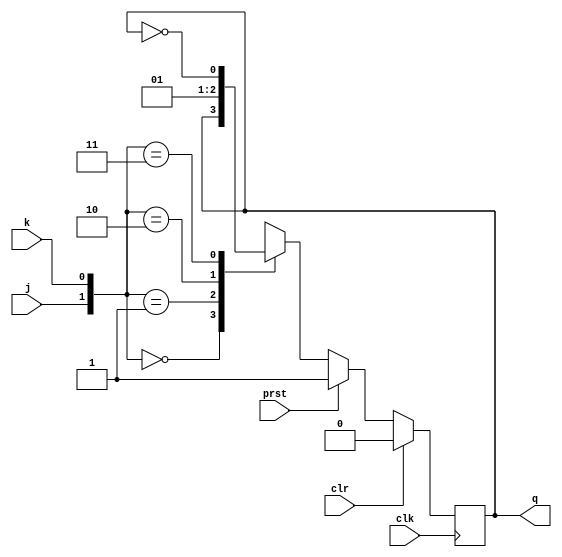
`timescale 1ns / 1ps
//////////////////////////////////////////////////////////////////////////////////
// Company: 
// Engineer: 
// 
// Design Name: 
// Module Name: jkflipflop
// Project Name: 
// Target Devices: 
// Tool Versions: 
// Description: 
// 
// Dependencies: 
// 
// Revision:
// Revision 0.01 - File Created
// Additional Comments:
// 
//////////////////////////////////////////////////////////////////////////////////


module jkflipflop( input clk, input j, input k, input clr, input prst, output reg q);
    always @(posedge clk)
    if(clr == 1'b1)
        q <= 1'b0;
    else if(prst == 1'b1)
        q <= 1'b1;
    else 
        case( { j, k} )
        2'b00:
        q <= q;
        2'b01:
        q <= 1'b0;
        2'b10:
        q <= 1'b1;
        2'b11:
        q <= ~q;
        endcase
endmodule